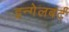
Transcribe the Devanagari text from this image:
इन्गेलबर्ट